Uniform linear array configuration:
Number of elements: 8
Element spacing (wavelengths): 0.75
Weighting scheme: uniform
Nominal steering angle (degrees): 15
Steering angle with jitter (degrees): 15.195
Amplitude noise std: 0.05
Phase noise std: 0.05

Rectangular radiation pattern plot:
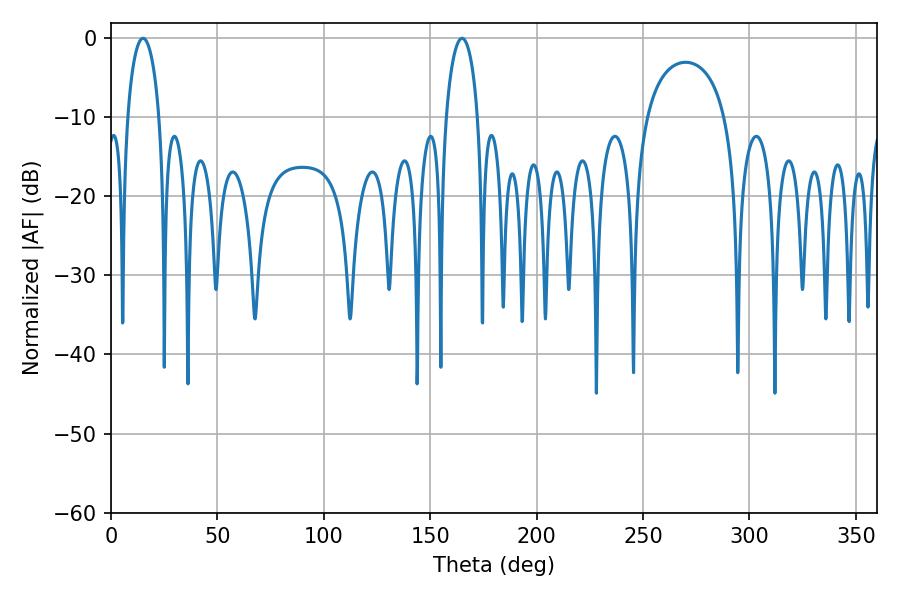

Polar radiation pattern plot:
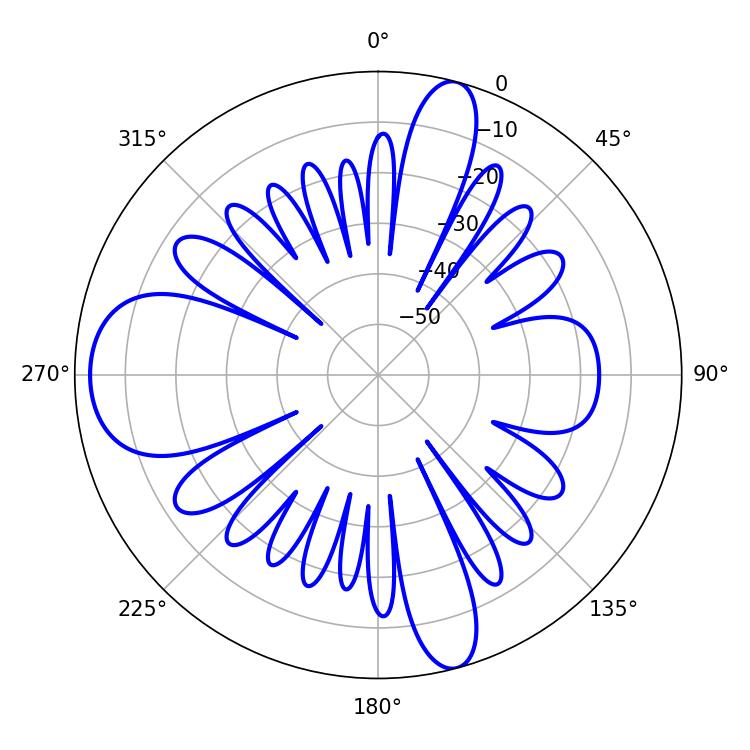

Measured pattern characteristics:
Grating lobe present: TRUE
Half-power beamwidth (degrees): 8.64
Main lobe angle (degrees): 15.12